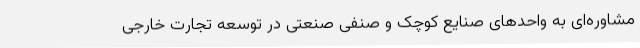
مشاوره‌ای به واحدهای صنایع کوچک و صنفی صنعتی در توسعه تجارت خارجی